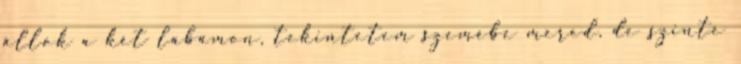
állok a két lábamon, tekintetem szemébe mered, de szinte